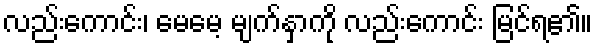
လည်းကောင်း၊ မေမေ့ မျက်နှာကို လည်းကောင်း မြင်ရ၏။